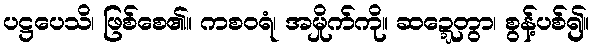
ပဋ္ဌပေသိ၊ ဖြစ်စေ၏။ ကစဝရံ၊ အမှိုက်ကို။ ဆဍ္ဍေတွာ၊ စွန့်ပစ်၍။